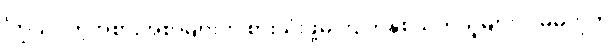
ကြွယ်ဝတဲ့အစားအစာများကို စားသုံးဖို့မကြိုက်နှစ်သက်သူများ ဒါမှမဟုတ်